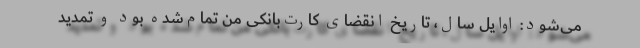
می‌شود: اوایل سال، تاریخ انقضای کارت‌بانکی من تمام‌شده بود و تمدید